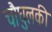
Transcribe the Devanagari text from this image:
चौघुलकी